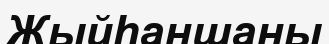
Жыйһаншаны